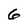
Character: 6